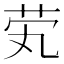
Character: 䒯